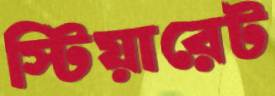
স্টিয়ারেট